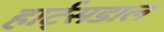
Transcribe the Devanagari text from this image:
हार्ट्‌सडाल